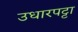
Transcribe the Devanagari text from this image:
उधारपट्टा